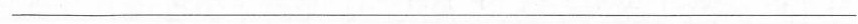
___